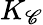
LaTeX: K_{\mathscr{C}}